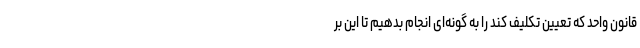
قانون واحد که تعیین تکلیف کند را به گونه‌ای انجام بدهیم تا این بر